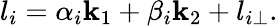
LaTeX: l_{i}=\alpha_{i}\mathbf{k}_{1}+\beta_{i}\mathbf{k}_{2}+l_{i\perp}.